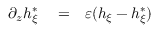
\begin{array} { r l r } { \partial _ { z } h _ { \xi } ^ { * } } & { { } = } & { \varepsilon ( h _ { \xi } - h _ { \xi } ^ { * } ) } \end{array}